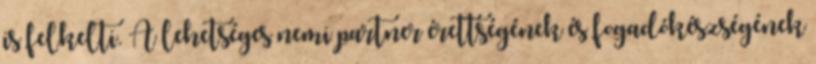
is felkelti. A lehetséges nemi partner érettségének és fogadókészségének